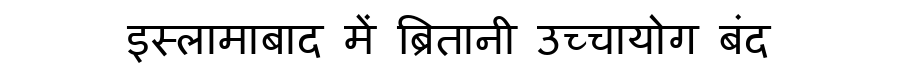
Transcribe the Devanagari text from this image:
इस्लामाबाद में ब्रितानी उच्चायोग बंद